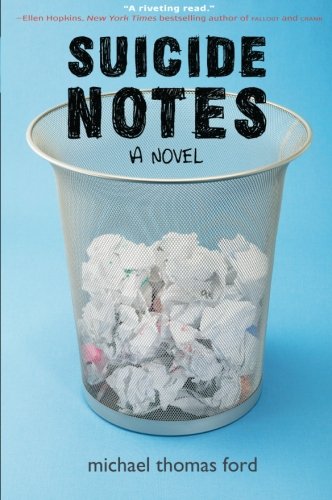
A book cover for Suicide Notes; Michael Thomas Ford; Teen & Young Adult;